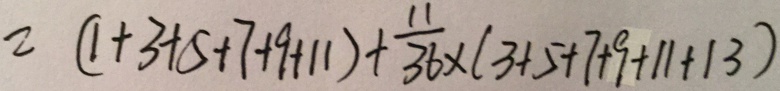
= ( 1 + 3 + 5 + 7 + 9 + 1 1 ) + \frac { 1 1 } { 3 6 } \times ( 3 + 5 + 7 + 9 + 1 1 + 1 3 )